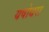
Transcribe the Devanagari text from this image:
यषोधरा